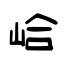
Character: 峆